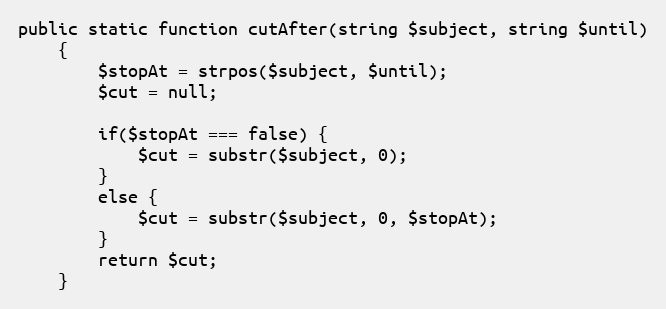
Language: PHP
public static function cutAfter(string $subject, string $until)
    {
        $stopAt = strpos($subject, $until);
        $cut = null;

        if($stopAt === false) {
            $cut = substr($subject, 0);
        }
        else {
            $cut = substr($subject, 0, $stopAt);
        }
        return $cut;
    }